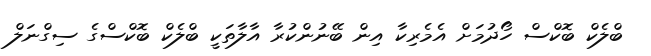
ބްލެކް ބޮކްސް ހޯދުމަށް އެމެރިކާ އިން ބޭނުންކުރާ އާލާތަކީ ބްލެކް ބޮކްސްގެ ސިގްނަލް